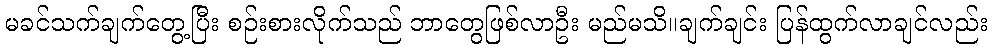
မခင်သက်ချက်တွေ့ပြီး စဉ်းစားလိုက်သည် ဘာတွေဖြစ်လာဦး မည်မသိ။ချက်ချင်း ပြန်ထွက်လာချင်လည်း